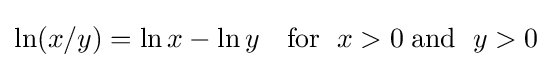
\ln(x/y)=\ln x-\ln y\quad {\text{for }}\;x>0\;{\text{and }}\;y>0